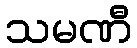
သမဏီ